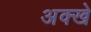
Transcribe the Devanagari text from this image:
अक्खे